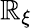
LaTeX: \mathbb{R}_{\xi}